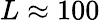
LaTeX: L\approx 100